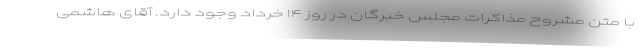
با متن مشروح مذاکرات مجلس خبرگان در روز ۱۴ خرداد وجود دارد. آقای هاشمی